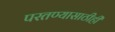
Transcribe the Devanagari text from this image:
परतण्यासाठीही